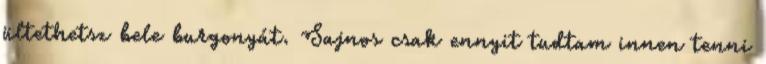
ültethetsz bele burgonyát. Sajnos csak ennyit tudtam innen tenni